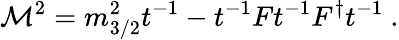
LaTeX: {\cal M}^{2}=m_{3/2}^{2}t^{-1}-t^{-1}Ft^{-1}F^{\dagger}t^{-1}\ .